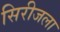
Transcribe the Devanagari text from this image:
सिरीजला